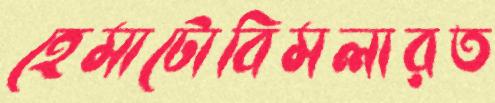
হেমাটোবিমলারত